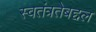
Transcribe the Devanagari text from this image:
स्वतंत्रतेबद्दल